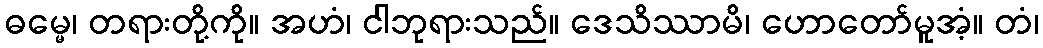
ဓမ္မေ၊ တရားတို့ကို။ အဟံ၊ ငါဘုရားသည်။ ဒေသိဿာမိ၊ ဟောတော်မူအံ့။ တံ၊